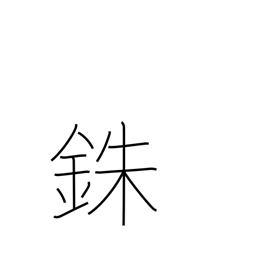
Meaning: percent